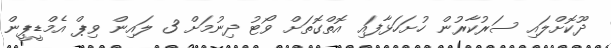
ދޫކޮށްލައި ސަރުކާރުން ހުށަހަޅާފައި އޮތްގޮތަށް ވޯޓު ދިނުމަށް 3 ލައިން ވިޕް އެމްޑީޕީން